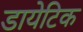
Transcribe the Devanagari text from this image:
डायेटिक